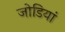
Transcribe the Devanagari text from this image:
जोडियां